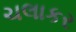
ચલાકર